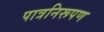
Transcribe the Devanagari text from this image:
पात्रनिरूपण